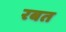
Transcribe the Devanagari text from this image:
रबत